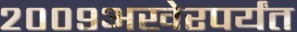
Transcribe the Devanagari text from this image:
२००९अखेरपर्यंत